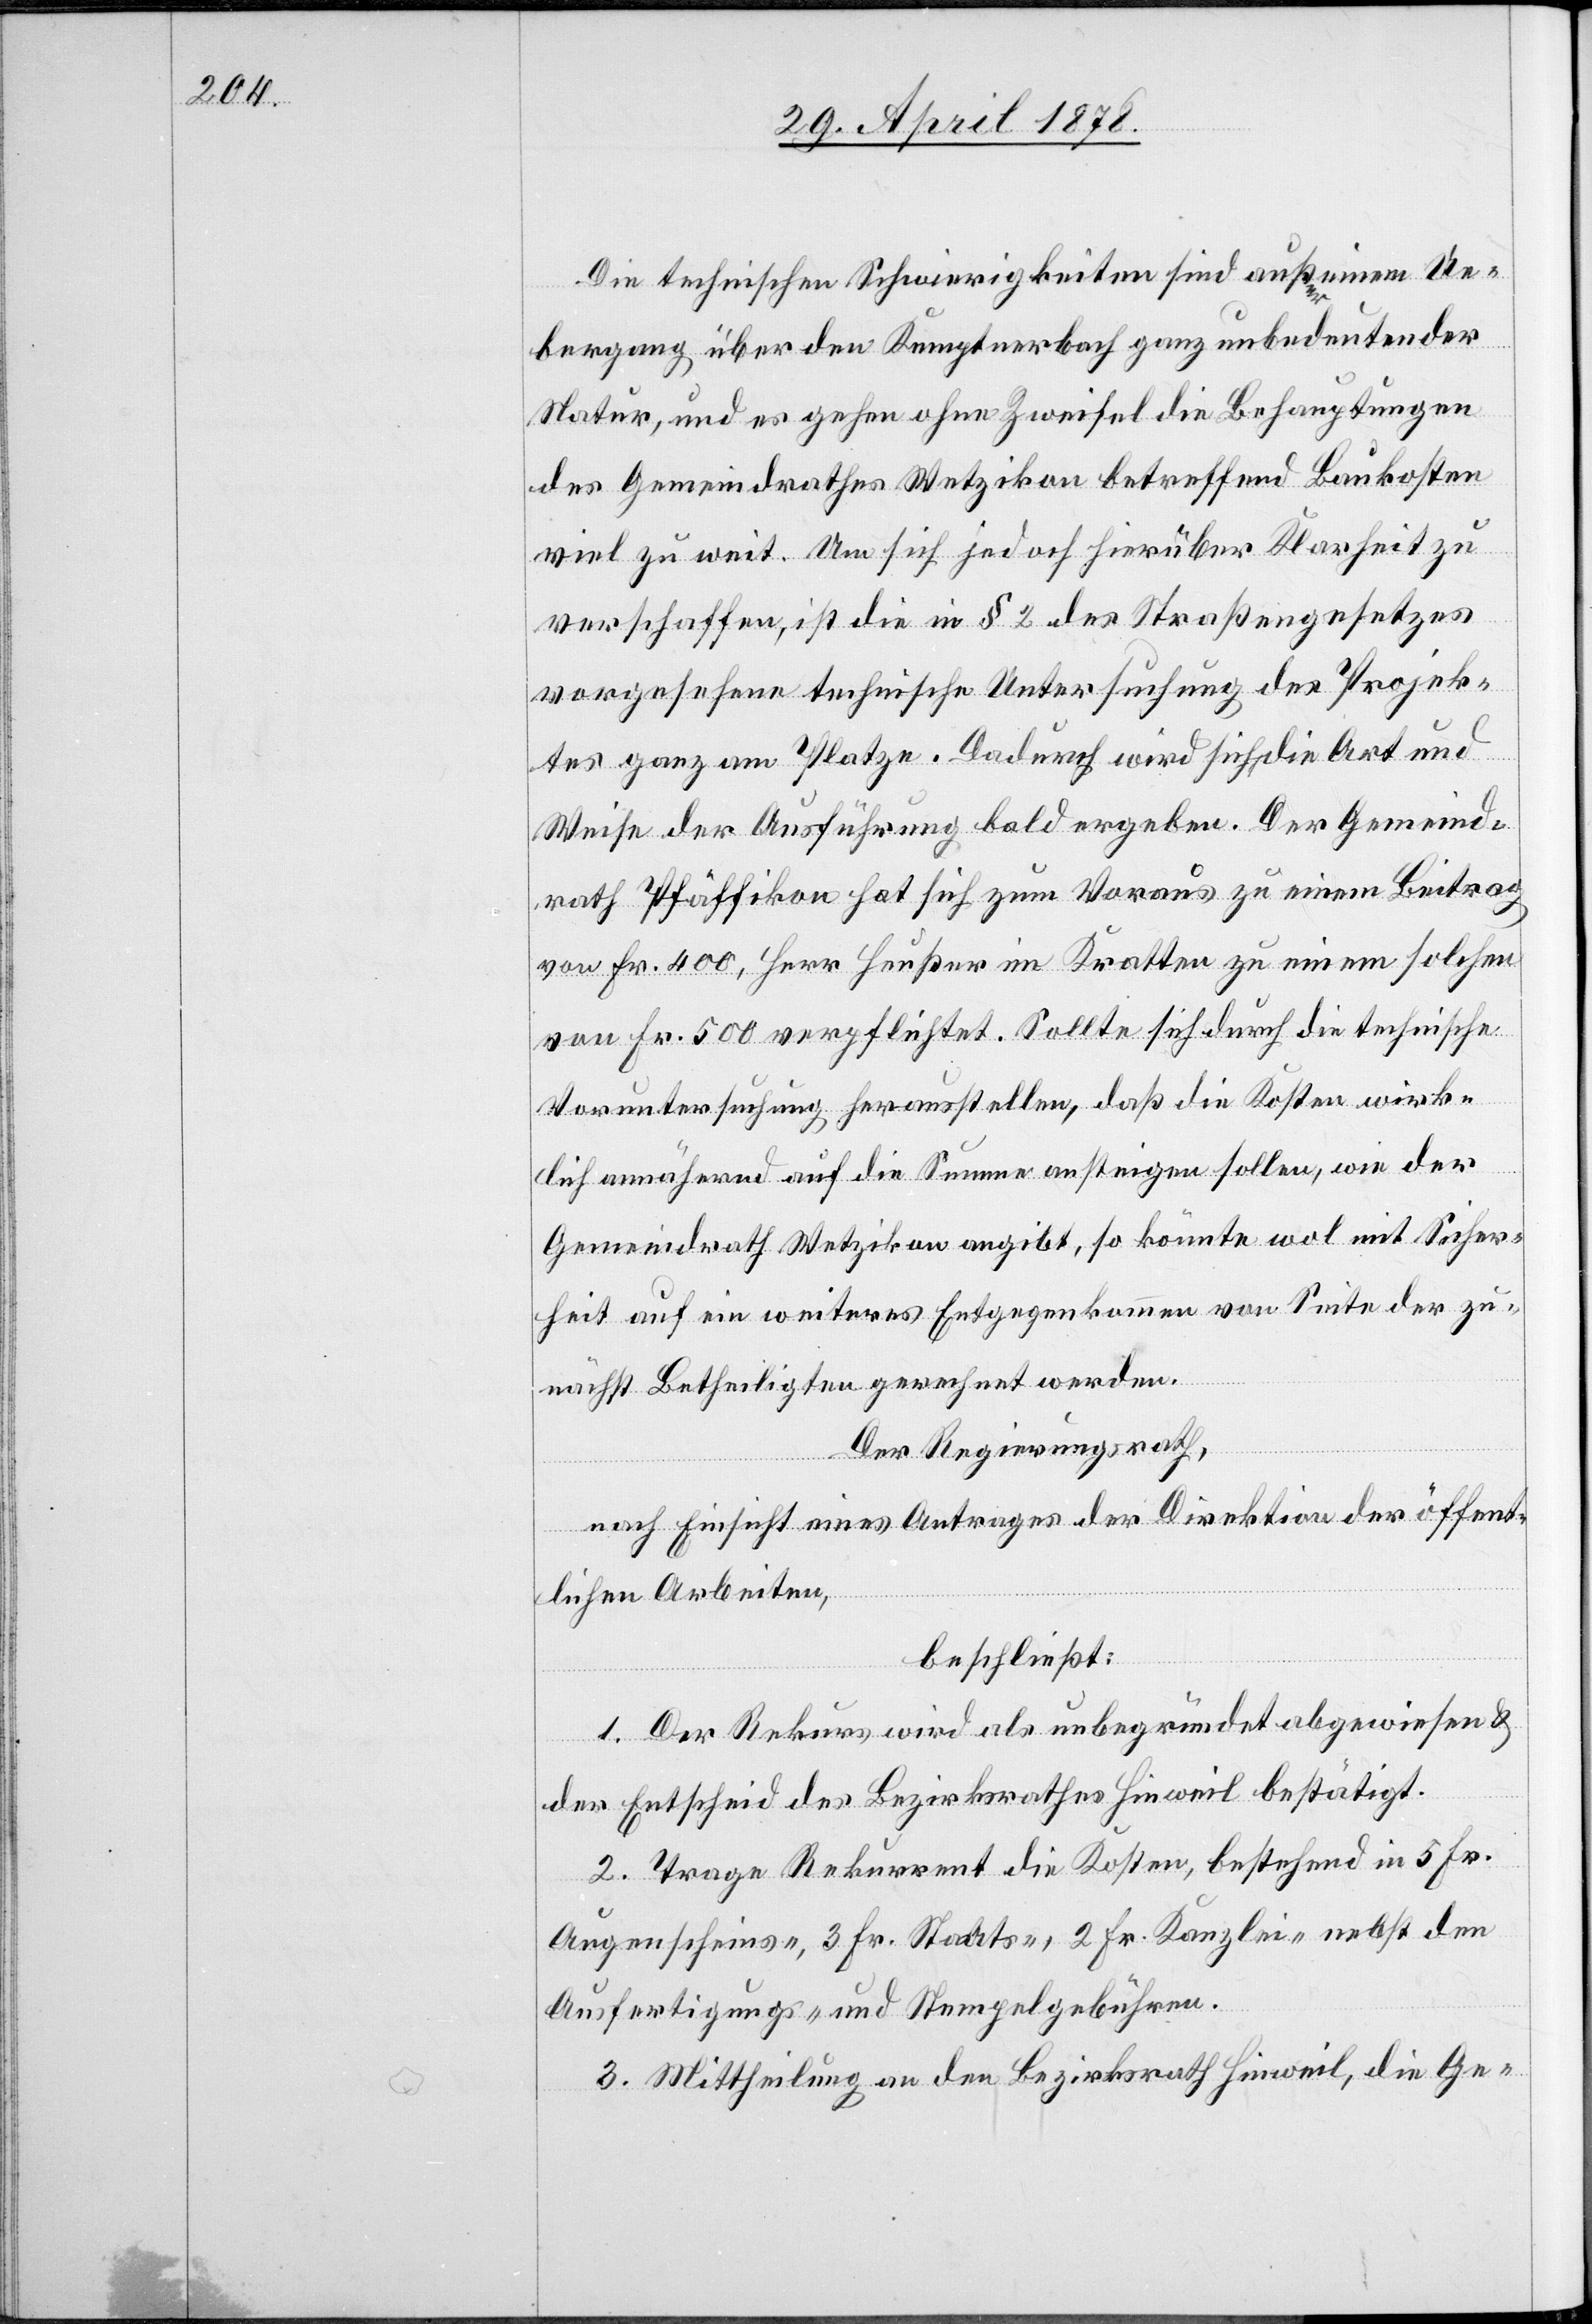
Die technischen Schwierigkeiten sind außer einem Ue¬
bergang über den Kempterbach ganz unbedeutender
Natur, und es gehen ohne Zweifel die Behauptungen
des Gemeindrathes Wetzikon betreffend Baukosten
viel zu weit. Um sich jedoch hierüber Klarheit zu
verschaffen, ist die in § 2 des Straßengesetzes
vorgesehene technische Untersuchung des Projek¬
tes ganz am Platze. Dadurch wird sich die Art und
Weise der Ausführung bald ergeben. Der Gemeind¬
rath Pfäffikon hat sich zum Voraus zu einem Beitrag
von Fr. 400, Herr Heußer im Kratten zu einem solchen
von Fr. 500 verpflichtet. Sollte sich durch die technische
Voruntersuchung herausstellen, daß die Kosten wirk¬
lich annähernd auf die Summe ansteigen sollen, wie der
Gemeindrath Wetzikon angibt, so könnte wol mit Sicher¬
heit auf ein weiteres Entgegenkommen von Seite der zu¬
nächst Betheiligten gerechnet werden.
Der Regierungsrath,
nach Einsicht eines Antrages der Direktion der öffent¬
lichen Arbeiten,
beschließt:
1. Der Rekurs wird als unbegründet abgewiesen &
der Entscheid des Bezirksrathes Hinweil bestätigt.
2. Trage Rekurrent die Kosten, bestehend in 5 Fr.
Augenscheins-, 3 Fr. Staats-, 2 Fr. Kanzlei- nebst den
Ausfertigungs- und Stempelgebühren.
3. Mittheilung an den Bezirksrath Hinweil, die Ge-